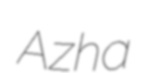
Azha